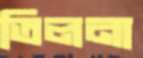
তিলনা